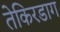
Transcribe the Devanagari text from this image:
तेकिरडाग